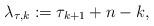
LaTeX: \begin{align*}\lambda_{\tau, k} := \tau_{k+1}+n-k,\end{align*}